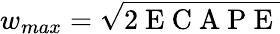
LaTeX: w_{max}=\sqrt{2\mathrm{~E~C~A~P~E~}}